Civil Veterinary Department. Madras. Admin. report 1926-33 - 1926-1933
Year: 1926
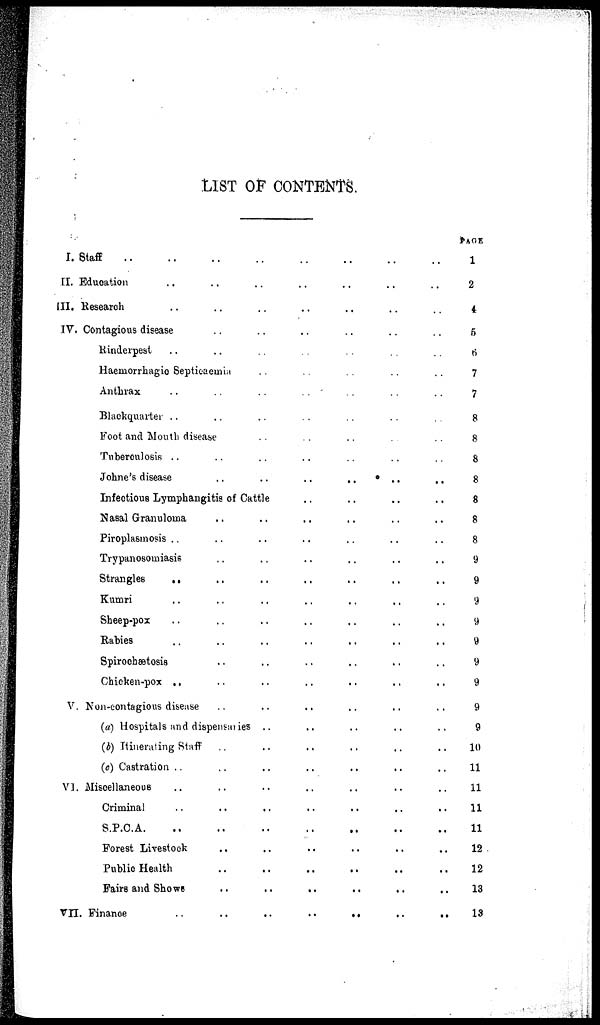
LIST OF CONTENTS.
I. Staff .. .. .. ..
II. Education .. .. ..
III. Research
IV. Contagious disease
Rinderpest .. .. ..
Haeniorrkagio Septicaemia ..
Anthrax .. .. ..
Blackquarter .. .. ..
Foot and Mouth disease
Tuberculosis .. .. ..
Johne's disease .. ..
Infectious Lymphangitis of Cattle
Nasal Granuloma .. ..
Piroplasmosis .. .. ..
Trypanosomiasis .. ..
Strangles
.. .. ..
Kumri .. ..
Sheep-pox .. .. ..
Rabies .. .. ..
Spirochsætosis .. ..
Chicken-pox .. .. ..
V. Non-contagious disease .. ..
(a) Hospitals and dispensaries ..
(b) Itinerating Staff .. ..
(c) Castration .. .. ..
VI. Miscellaneous .. .. ..
Criminal .. .. ..
S.P.C.A. .. .. ..
Forest Livestock .. ..
Public Health .. ..
Fairs and Shows .. ..
VII. Finance .. .. ..
..
..
..
..
..
..
..
..
..
..
..
..
..
..
..
..
..
..
..
..
..
..
..
..
..
..
..
..
..
..
..
..
..
..
..
..
..
..
..
..
..
..
..
..
..
..
..
..
..
..
..
..
..
..
..
..
..
..
..
..
..
..
..
..
..
..
..
..
..
..
..
..
..
..
..
..
..
..
..
..
..
..
..
..
..
..
..
..
..
..
..
..
..
..
..
..
..
..
..
..
..
..
..
..
..
..
..
..
..
..
..
..
..
..
..
..
..
..
..
..
..
..
..
..
..
..
..
..
PAGE
1
2
4
5
6
7
7
8
8
8
8
8
8
8
9
9
9
9
9
9
9
9
9
10
11
11
11
11
12
12
13
13